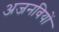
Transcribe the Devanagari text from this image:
अजनवियों